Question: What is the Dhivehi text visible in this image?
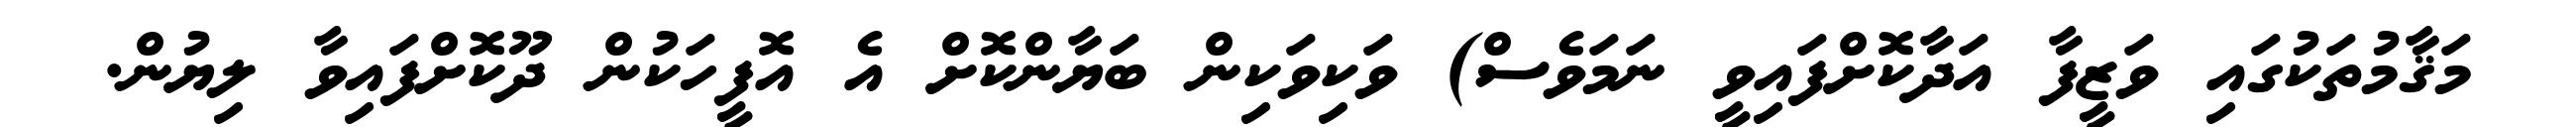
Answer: މަޤާމުތަކުގައި ވަޒީފާ އަދާކޮށްފައިވީ ނަމަވެސް) ވަކިވަކިން ބަޔާންކޮށް އެ އޮފީހަކުން ދޫކޮށްފައިވާ ލިޔުން.